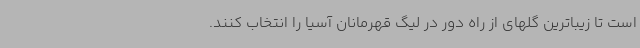
است تا زیباترین گلهای از راه دور در لیگ قهرمانان آسیا را انتخاب کنند.